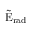
\tilde { \mathrm { { E } } } _ { \mathrm { { r a d } } }